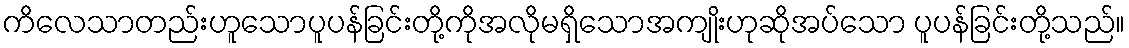
ကိလေသာတည်းဟူသောပူပန်ခြင်းတို့ကိုအလိုမရှိသောအကျိုးဟုဆိုအပ်သော ပူပန်ခြင်းတို့သည်။